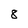
Character: 8